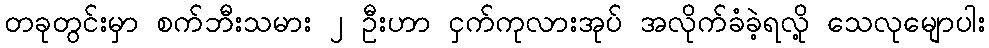
တခုတွင်းမှာ စက်ဘီးသမား ၂ ဦးဟာ ငှက်ကုလားအုပ် အလိုက်ခံခဲ့ရလို့ သေလုမျောပါး